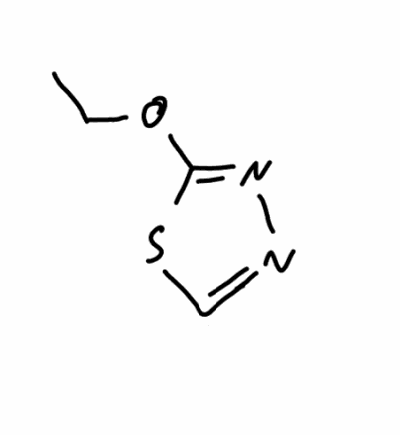
Simplified molecular-input line-entry system (SMILES) notation of the given molecule:
CCOC1=NN=CS1